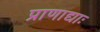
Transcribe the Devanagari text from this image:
प्राणाद्याः